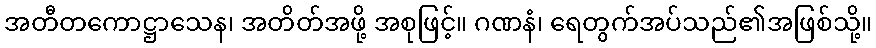
အတီတကောဋ္ဌာသေန၊ အတိတ်အဖို့ အစုဖြင့်။ ဂဏနံ၊ ရေတွက်အပ်သည်၏အဖြစ်သို့။